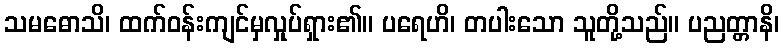
သမဓောသိ၊ ထက်ဝန်းကျင်မှလှုပ်ရှား၏။ ပရေဟိ၊ တပါးသော သူတို့သည်။ ပညတ္တာနိ၊